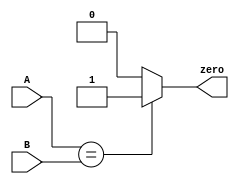
`timescale 1ns / 1ps
//////////////////////////////////////////////////////////////////////////////////
// Company: 
// Engineer: 
// 
// Design Name: 
// Module Name:    CMP 
// Project Name: 
// Target Devices: 
// Tool versions: 
// Description: 
//
// Dependencies: 
//
// Revision: 
// Revision 0.01 - File Created
// Additional Comments: 
//
//////////////////////////////////////////////////////////////////////////////////
module CMP(
    input [31:0] A,
    input [31:0] B,
    output zero
    );
	 
	 assign zero = (A==B)? 1'b1 : 1'b0;


endmodule